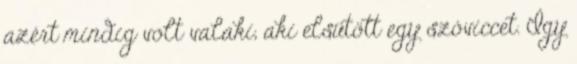
azért mindig volt valaki, aki elsütött egy szóviccet. Így